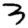
Digit: 3